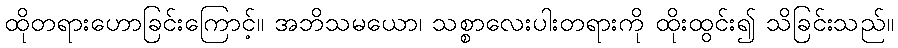
ထိုတရားဟောခြင်းကြောင့်။ အဘိသမယော၊ သစ္စာလေးပါးတရားကို ထိုးထွင်း၍ သိခြင်းသည်။